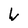
Character: w